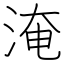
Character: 淹